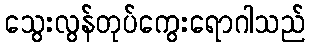
သွေးလွန်တုပ်ကွေးရောဂါသည်